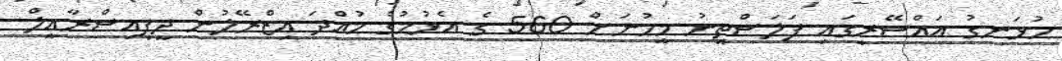
ހުޅަނގު އައްސޭރީގައި ފަލަސްތީނު މީހުނަށް 560 ގެ އެޅުމުގެ ހުއްދަ އިޒްރޭލުން ދީފިއިސްރާއީލް